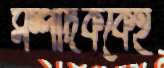
সম্পাদককেই